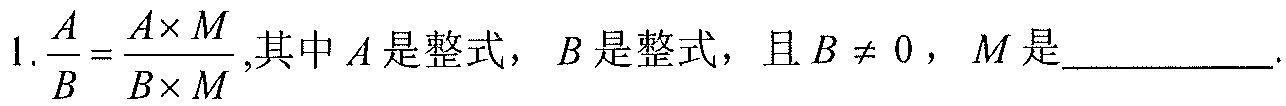
1.$\dfrac{A}{B}=\dfrac{A\times M}{B\times M}$,其中$A$是整式，$B$是整式，且$B \neq 0$，$M$是__________.